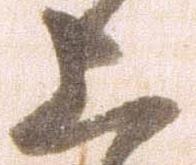
上